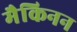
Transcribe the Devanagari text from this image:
मैकिनन